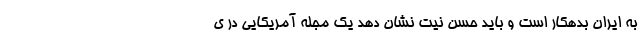
به ایران بدهکار است و باید حسن نیت نشان دهد یک مجله آمریکایی در ی